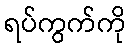
ရပ်ကွက်ကို